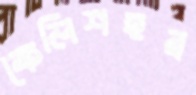
কেলিশহর